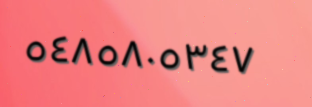
٥٤٨٥٨٠٥٣٤٧